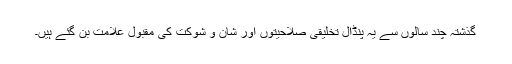
گذشتہ چند سالوں سے یہ پنڈال تخلیقی صلاحیتوں اور شان و شوکت کی مقبول علامت بن گئے ہیں۔